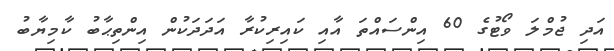
އަދި ޖުމްލަ ވޯޓުގެ 60 އިންސައްތަ އާއި ކައިރިކުރާ އަދަދަކުން އިންތިޙާބު ކާމިޔާބު